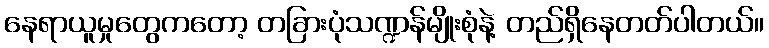
နေရာယူမှုတွေကတော့ တခြားပုံသဏ္ဍန်မျိုးစုံနဲ့ တည်ရှိနေတတ်ပါတယ်။